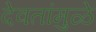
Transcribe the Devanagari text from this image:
देवतांमुळे